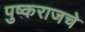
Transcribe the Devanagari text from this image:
पुष्कराजचे